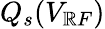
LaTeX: Q_{s}(V_{\mathbb{R}F})